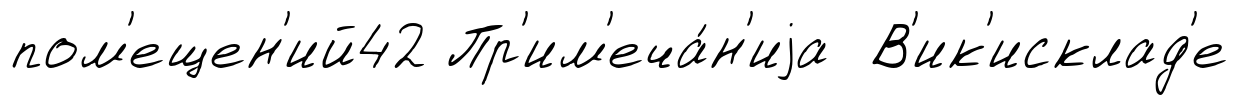
пом'ещен'ий42 Пр'им'еча́н'иjа В'ик'исклад'е